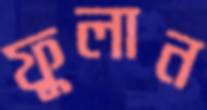
ফুলান